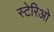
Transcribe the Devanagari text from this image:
स्टेरिओ